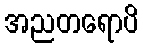
အညတရောပိ